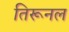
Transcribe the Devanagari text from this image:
तिरूनल